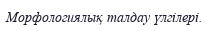
Морфологиялық талдау үлгілері.